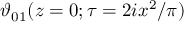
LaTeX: \vartheta _ { 0 1 } ( z = 0 ; \tau = 2 i x ^ { 2 } / \pi )